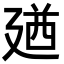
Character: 𪪰